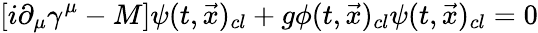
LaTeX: \left[i\partial_{\mu}\gamma^{\mu}-M\right]\psi(t,{\vec{x}})_{cl}+g\phi(t,{\vec{x}})_{cl}\psi(t,{\vec{x}})_{cl}=0